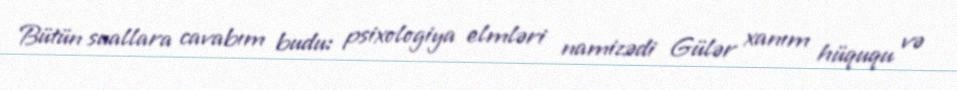
Bütün suallara cavabım budu: psixologiya elmləri namizədi Gülər xanım hüququ və